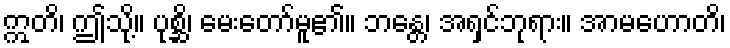
ဣတိ၊ ဤသို့။ ပုစ္ဆိ၊ မေးတော်မူ၏။ ဘန္တေ၊ အရှင်ဘုရား။ အာမဟောတိ၊